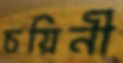
চয়িনী